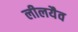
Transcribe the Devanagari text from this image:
लीलयैव